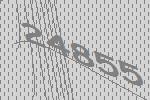
24855